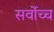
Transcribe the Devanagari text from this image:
सर्वाेच्च